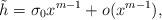
LaTeX: \begin{align*}\tilde{h} = \sigma_0 x^{m-1} + o(x^{m-1}), \end{align*}